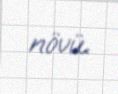
növü.